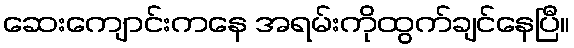
ဆေးကျောင်းကနေ အရမ်းကိုထွက်ချင်နေပြီ။